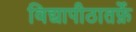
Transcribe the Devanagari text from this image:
विद्यापीठातर्फ़े